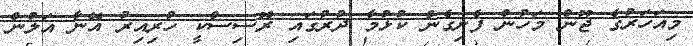
މިއަހަރުގެ ޖޫން މަހުން ފެށިގެން ކުޅުމާ ދުރުގައި ރޮސިސްކީ ހުރިއިރު އޭނާ އަލުން